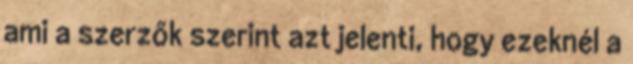
ami a szerzők szerint azt jelenti, hogy ezeknél a